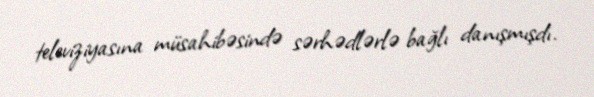
televiziyasına müsahibəsində sərhədlərlə bağlı danışmışdı.